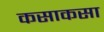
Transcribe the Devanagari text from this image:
कसाकसा